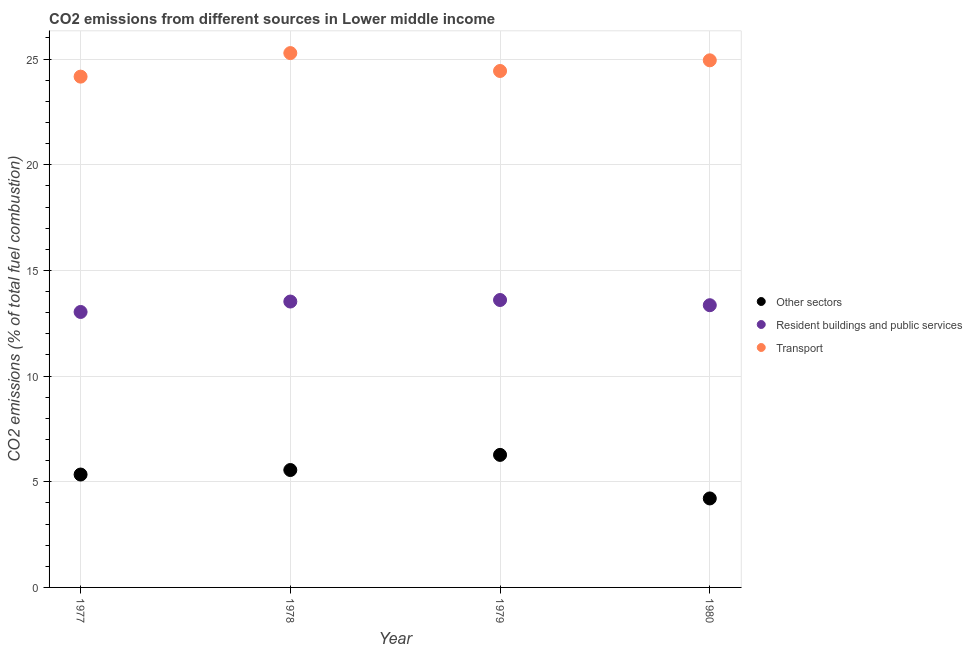
| Year | Other sectors | Resident buildings and public services | Transport |
 | --- | --- | --- | --- |
 | 1977 | 5.34 | 13 | 24.2 |
 | 1978 | 5.56 | 13.5 | 25.3 |
 | 1979 | 6.27 | 13.6 | 24.4 |
 | 1980 | 4.21 | 13.4 | 24.9 |